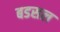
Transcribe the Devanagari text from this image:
बडसल